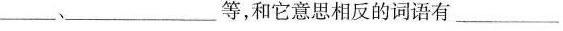
___、__等，和它意思相反的词语有___